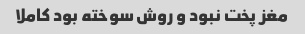
مغز پخت نبود و روش سوخته بود کاملا